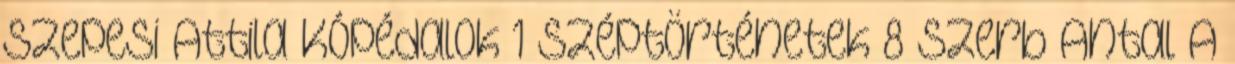
Szepesi Attila Kópédalok 1 Széptörténetek 8 Szerb Antal A